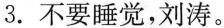
3.不要睡觉，刘涛。